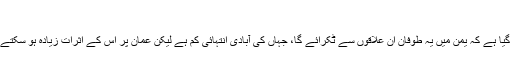
‘‘
بتایا گیا ہے کہ یمن میں یہ طوفان ان علاقوں سے ٹکرائے گا، جہاں کی آبادی انتہائی کم ہے لیکن عمان پر اس کے اثرات زیادہ ہو سکتے ہیں۔